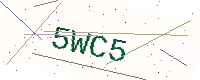
Text: 5WC5